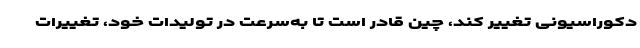
دکوراسیونی تغییر کند، چین قادر است تا به‌سرعت در تولیدات خود، تغییرات